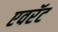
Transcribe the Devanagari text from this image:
एवरॅट